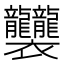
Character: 𧟟